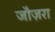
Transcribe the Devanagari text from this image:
जौज़रा